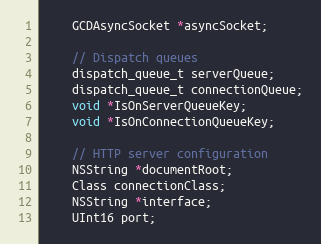
Language: C
    GCDAsyncSocket *asyncSocket;

    // Dispatch queues
    dispatch_queue_t serverQueue;
    dispatch_queue_t connectionQueue;
    void *IsOnServerQueueKey;
    void *IsOnConnectionQueueKey;

    // HTTP server configuration
    NSString *documentRoot;
    Class connectionClass;
    NSString *interface;
    UInt16 port;